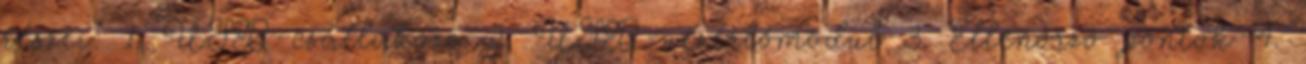
részei: 1. USB-csatlakozó 2. USB-vezérlőmodul 3. Ellenőrző pontok 4.